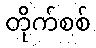
တိုက်စစ်